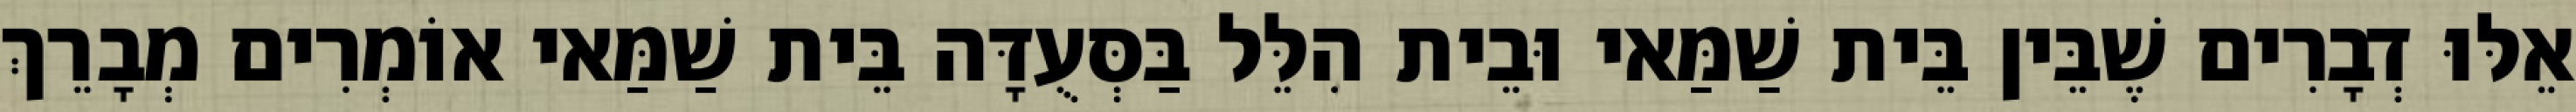
אֵלּוּ דְבָרִים שֶׁבֵּין בֵּית שַׁמַּאי וּבֵית הִלֵּל בַּסְּעֻדָּה בֵּית שַׁמַּאי אוֹמְרִים מְבָרֵךְ